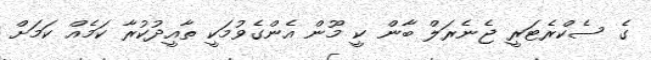
ގެ ސެކްރެޓަރީ ޖެނެރަލް ބާން ކީ މޫން އެންގެވުމަކީ ތާއީދުކުރާ ކަމެއް ކަމަށް